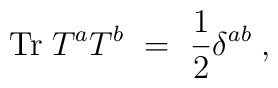
{\rm Tr} \; T^a T^b~=~\frac{1}{2}\delta^{ab} \; ,